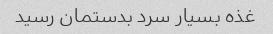
غذه بسیار سرد بدستمان رسید